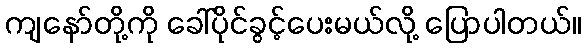
ကျနော်တို့ကို ခေါ်ပိုင်ခွင့်ပေးမယ်လို့ ပြောပါတယ်။